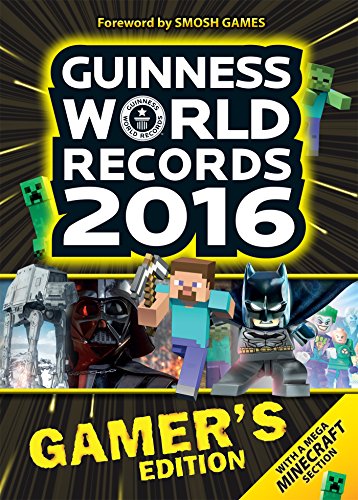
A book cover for Guinness World Records 2016 Gamer's Edition; Guinness World Records; Humor & Entertainment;